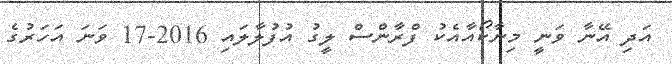
އަދި އޭނާ ވަނީ މިނާކޯއާއެކު ފްރާންސް ލީގު އުފުލާލައި 2016-17 ވަނަ އަހަރުގެ